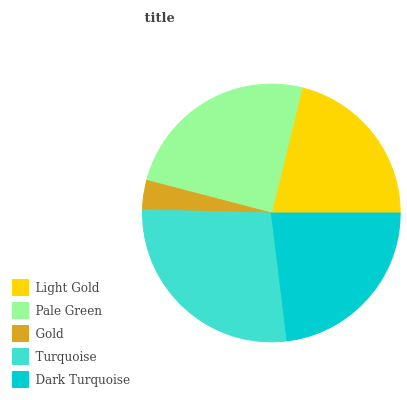
| Light Gold | Pale Green | Gold | Turquoise | Dark Turquoise |
 | --- | --- | --- | --- | --- |
 | 21.1% | 24.8% | 3.69% | 27.3% | 23% |